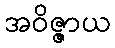
အဝိဇ္ဇာယ